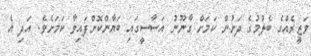
ވަޒީރެއްގެ ބެލުމުގެ ދަށުން ކަމަށް ގާނޫނު އަސާސީގައި ބަޔާންކޮށްފައިވާ ކަމަށެވެ. އަދި އެ